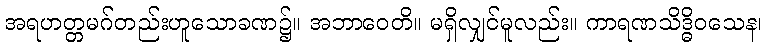
အရဟတ္တမဂ်တည်းဟူသောခဏ၌။ အဘာဝေတိ။ မရှိလျှင်မူလည်း။ ကာရဏသိဒ္ဓိဝသေန၊